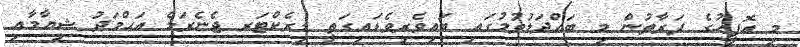
މި އޮފީހުގެ ފަރާތުން މި ބައްދަލުވުމުގައި ބައިވެރިވެޑައިގަތީ ޑިރެކްޓަރ ޖެނެރަލް އަޙްމަދު ޝިޔާމާއި